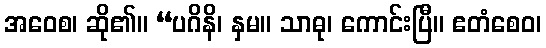
အဝေစ၊ ဆို၏။ “ပဂိနိ၊ နှမ။ သာဓု၊ ကောင်းပြီ။ ဧတံစေဝ၊